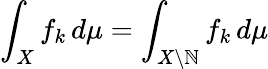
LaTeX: \int_{X}f_{k}\, d\mu=\int_{X\setminus\mathbb{N}}f_{k}\, d\mu